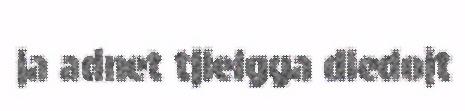
ja adnet tjielgga diedojt